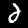
Label: 2